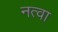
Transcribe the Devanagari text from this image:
नत्वा